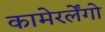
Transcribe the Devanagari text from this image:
कामेरर्लेंगो